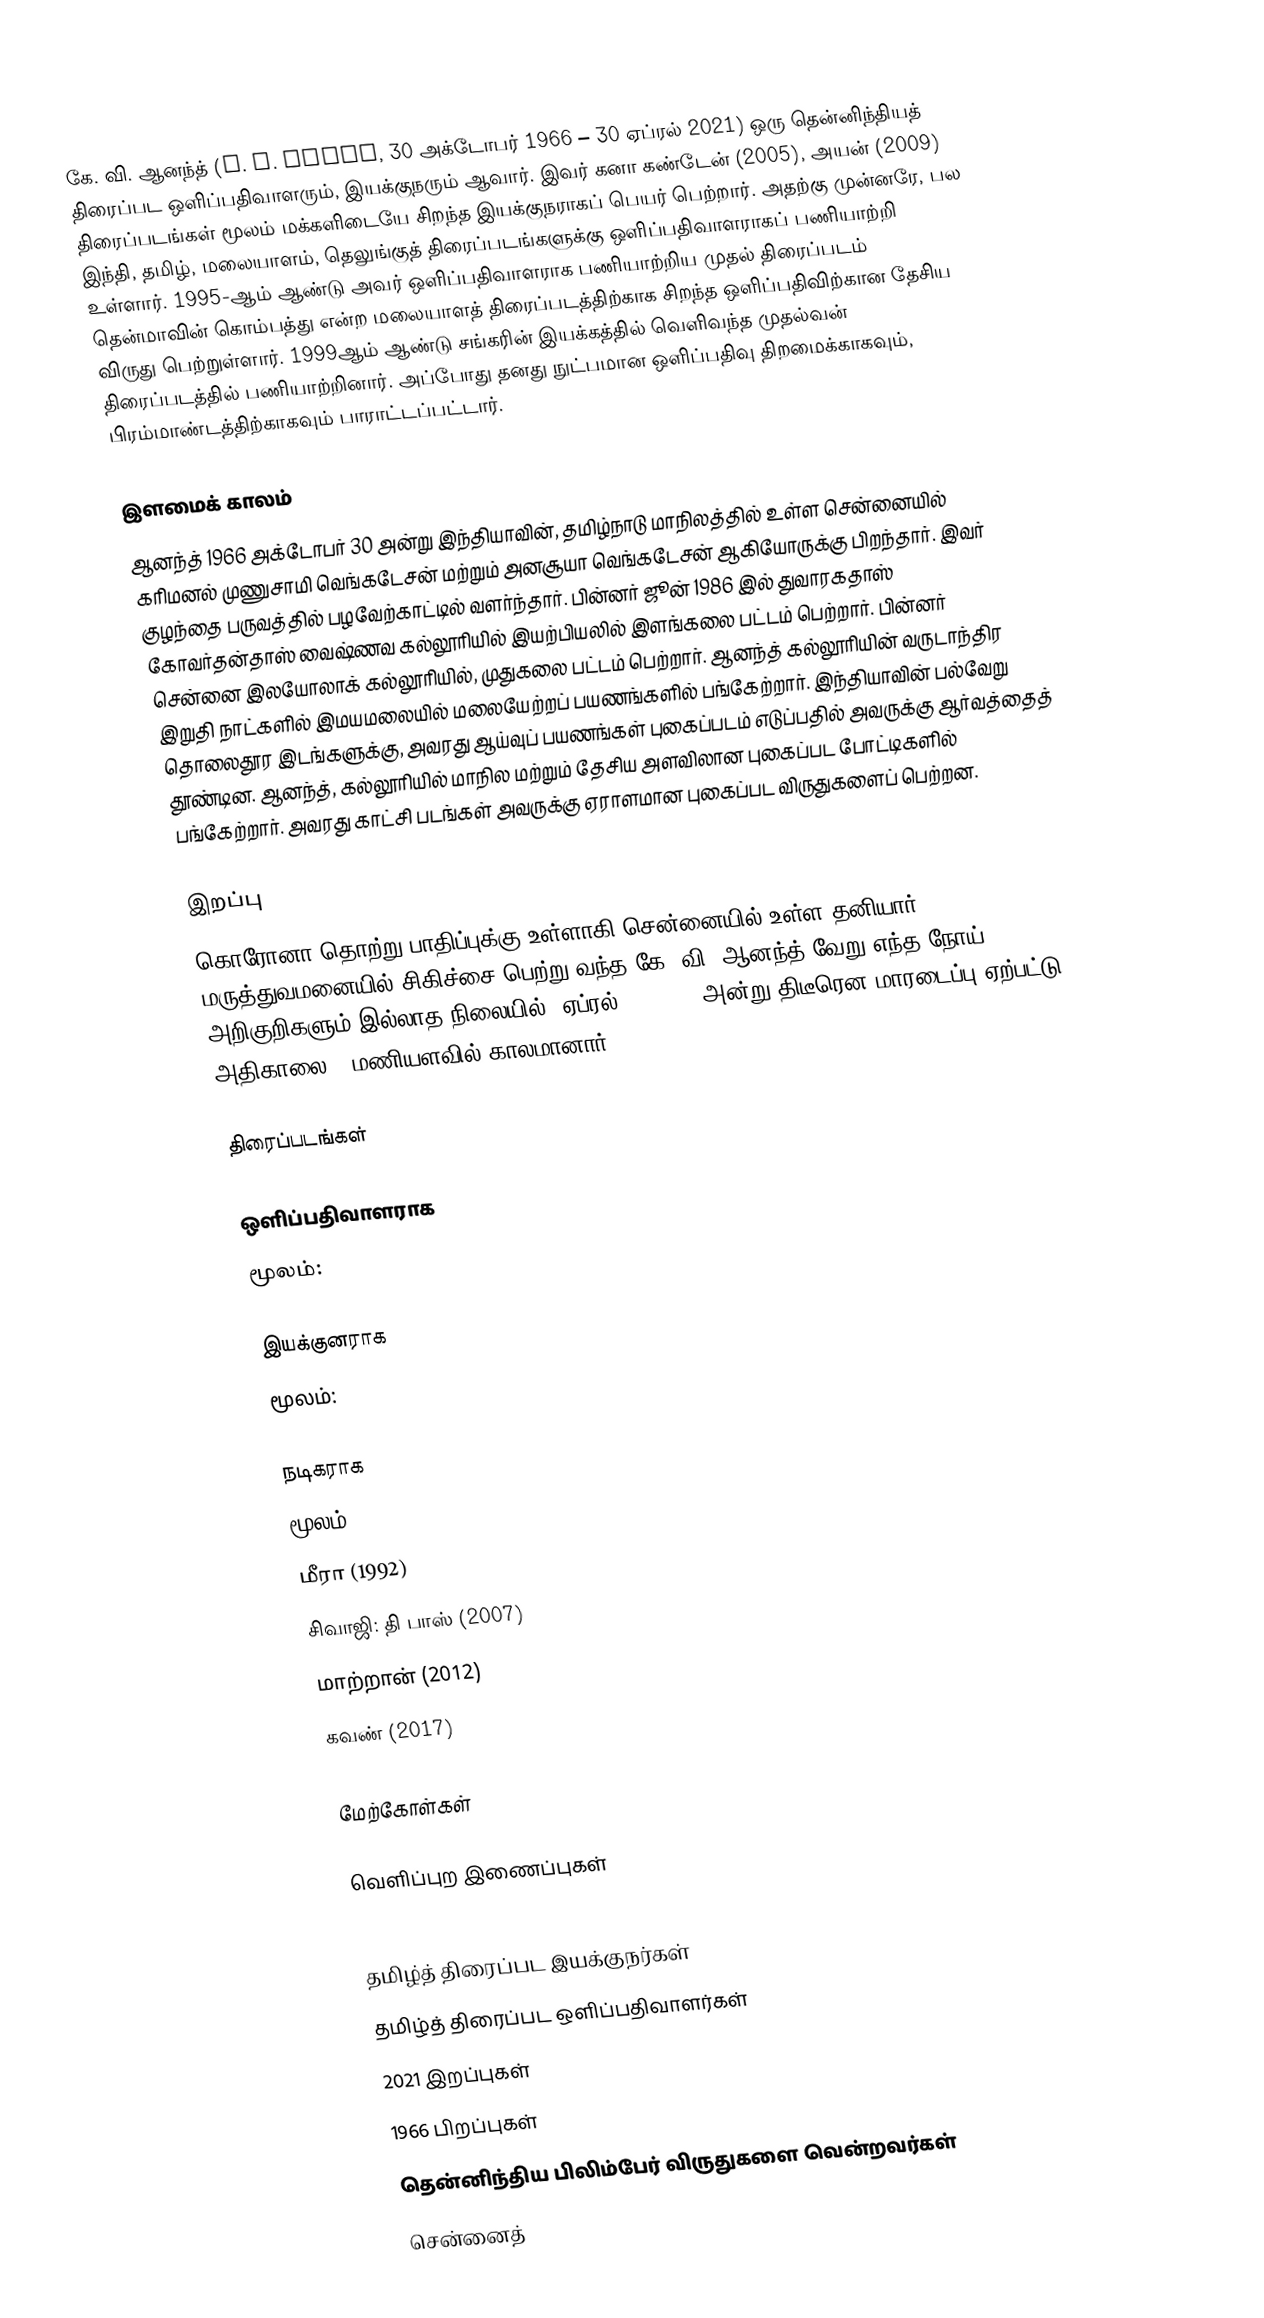
கே. வி. ஆனந்த் (K. V. Anand, 30 அக்டோபர்  1966 – 30 ஏப்ரல் 2021) ஒரு தென்னிந்தியத் திரைப்பட ஒளிப்பதிவாளரும், இயக்குநரும் ஆவார். இவர் கனா கண்டேன் (2005), அயன் (2009) திரைப்படங்கள் மூலம் மக்களிடையே சிறந்த இயக்குநராகப் பெயர் பெற்றார். அதற்கு முன்னரே, பல இந்தி, தமிழ், மலையாளம், தெலுங்குத் திரைப்படங்களுக்கு ஒளிப்பதிவாளராகப் பணியாற்றி உள்ளார். 1995-ஆம் ஆண்டு அவர் ஒளிப்பதிவாளராக பணியாற்றிய முதல் திரைப்படம் தென்மாவின் கொம்பத்து என்ற மலையாளத் திரைப்படத்திற்காக சிறந்த ஒளிப்பதிவிற்கான தேசிய விருது பெற்றுள்ளார். 1999ஆம் ஆண்டு சங்கரின் இயக்கத்தில் வெளிவந்த முதல்வன் திரைப்படத்தில் பணியாற்றினார். அப்போது தனது நுட்பமான ஒளிப்பதிவு திறமைக்காகவும், பிரம்மாண்டத்திற்காகவும் பாராட்டப்பட்டார்.

இளமைக் காலம்
ஆனந்த் 1966 அக்டோபர் 30 அன்று இந்தியாவின், தமிழ்நாடு மாநிலத்தில் உள்ள சென்னையில் கரிமனல் முணுசாமி வெங்கடேசன் மற்றும் அனசூயா வெங்கடேசன் ஆகியோருக்கு பிறந்தார். இவர் குழந்தை பருவத்தில் பழவேற்காட்டில் வளர்ந்தார். பின்னர் ஜூன் 1986 இல் துவாரகதாஸ் கோவர்தன்தாஸ் வைஷ்ணவ கல்லூரியில் இயற்பியலில் இளங்கலை பட்டம் பெற்றார். பின்னர் சென்னை இலயோலாக் கல்லூரியில், முதுகலை பட்டம் பெற்றார். ஆனந்த் கல்லூரியின் வருடாந்திர இறுதி நாட்களில் இமயமலையில் மலையேற்றப் பயணங்களில் பங்கேற்றார். இந்தியாவின் பல்வேறு தொலைதூர இடங்களுக்கு, அவரது ஆய்வுப் பயணங்கள் புகைப்படம் எடுப்பதில் அவருக்கு ஆர்வத்தைத் தூண்டின. ஆனந்த், கல்லூரியில் மாநில மற்றும் தேசிய அளவிலான புகைப்பட போட்டிகளில் பங்கேற்றார். அவரது காட்சி படங்கள் அவருக்கு ஏராளமான புகைப்பட விருதுகளைப் பெற்றன.

இறப்பு
கொரோனா தொற்று பாதிப்புக்கு உள்ளாகி சென்னையில் உள்ள தனியார் மருத்துவமனையில் சிகிச்சை பெற்று வந்த கே. வி. ஆனந்த் வேறு எந்த நோய் அறிகுறிகளும் இல்லாத நிலையில், ஏப்ரல் 30, 2021 அன்று திடீரென மாரடைப்பு ஏற்பட்டு அதிகாலை 3 மணியளவில் காலமானார்.

திரைப்படங்கள்

ஒளிப்பதிவாளராக
மூலம்:

இயக்குனராக
மூலம்:

நடிகராக
மூலம்:
 மீரா (1992)
 சிவாஜி: தி பாஸ் (2007)
 மாற்றான் (2012)
 கவண் (2017)

மேற்கோள்கள்

வெளிப்புற இணைப்புகள்

தமிழ்த் திரைப்பட இயக்குநர்கள்
தமிழ்த் திரைப்பட ஒளிப்பதிவாளர்கள்
2021 இறப்புகள்
1966 பிறப்புகள்
தென்னிந்திய பிலிம்பேர் விருதுகளை வென்றவர்கள்
சென்னைத்